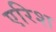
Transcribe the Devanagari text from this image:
एरिश